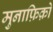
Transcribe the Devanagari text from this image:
मुनाफ़िक़ो